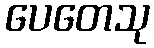
ပေတေသု